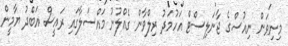
މިނިވަން ނިއުސްގެ ޖާނަލިސްޓް އަހުމަދު ރިލްވާން ގެއްލުނު މައްސަލާގައި ރައީސް އަބްދު ޔާމީން